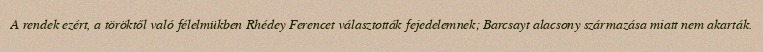
A rendek ezért, a töröktől való félelmükben Rhédey Ferencet választották fejedelemnek; Barcsayt alacsony származása miatt nem akarták.